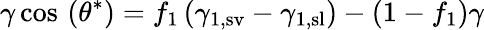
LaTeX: \gamma\cos\, \left(\theta^{*}\right)=f_{1}\left(\gamma_{\mathrm{1,sv}}-\gamma_{\mathrm{1,sl}}\right)-\left(1-f_{1}\right)\gamma